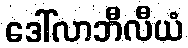
ဒေါ်လာဘီလီယံ